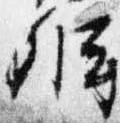
弁